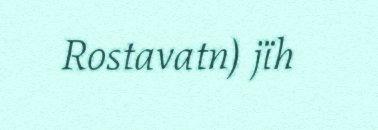
Rostavatn) jïh